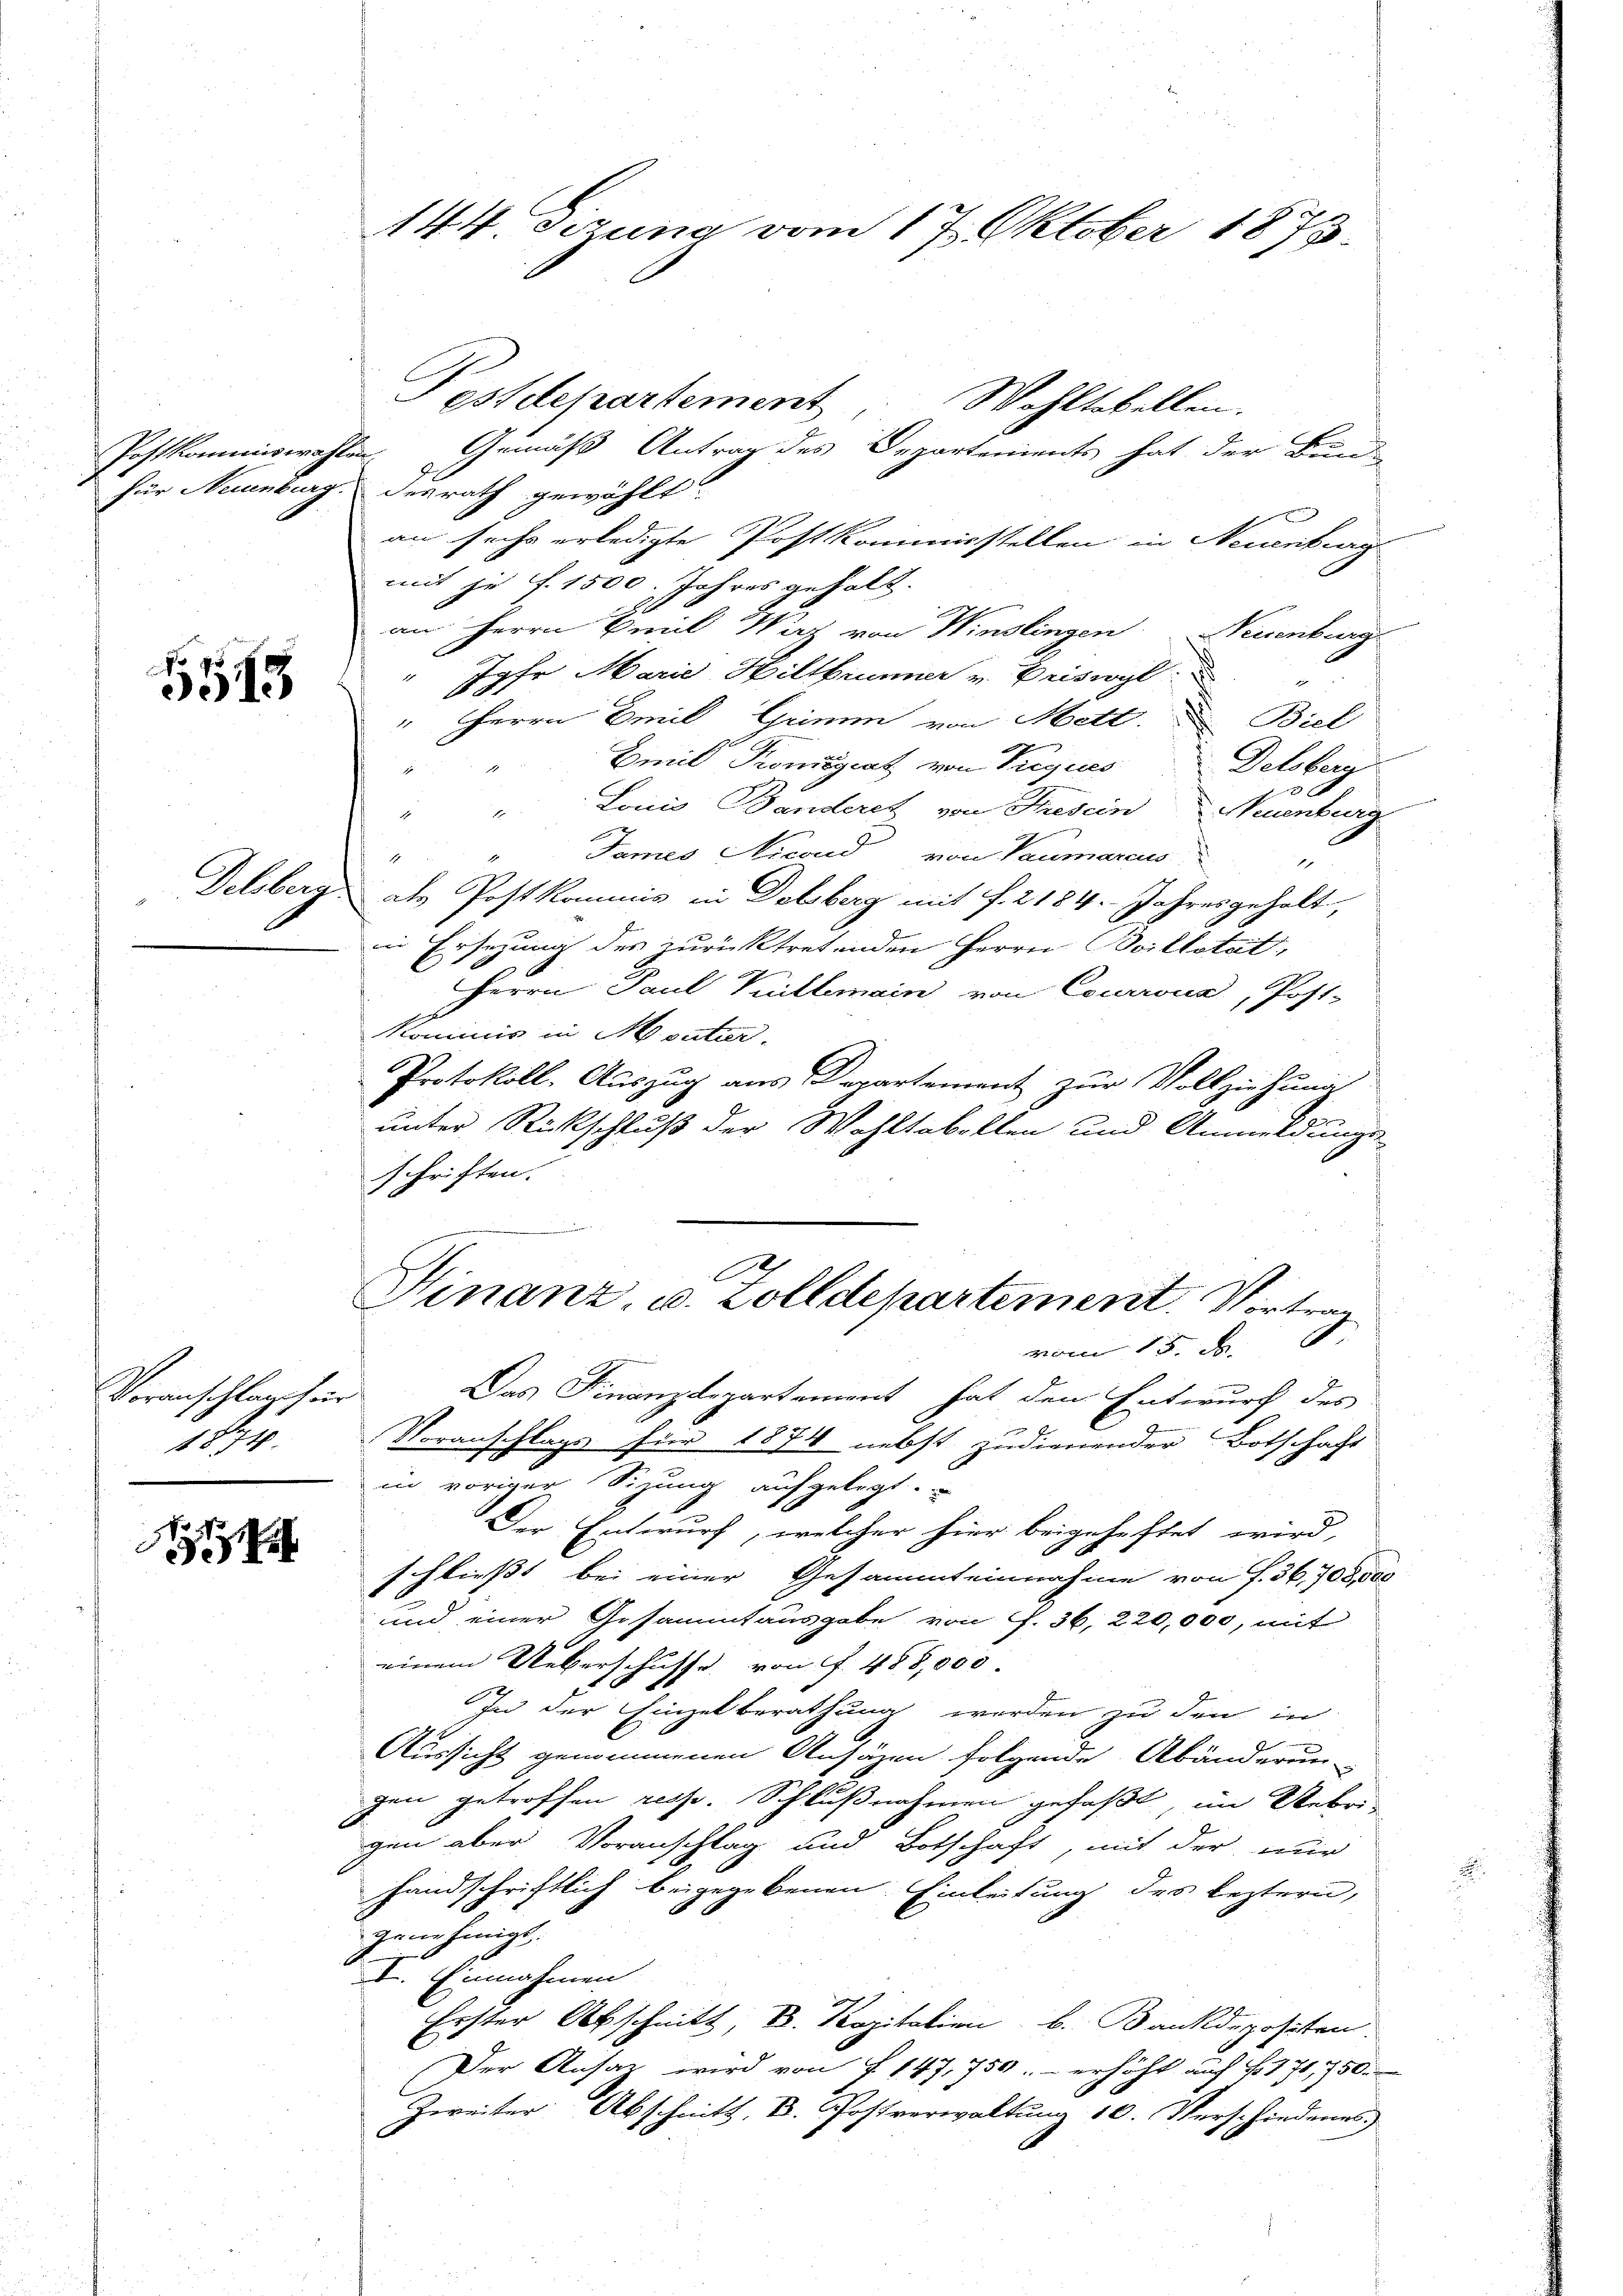
für Neuenburg.

5515

Voranschlag für
1834.

d

144. Sizung vom 17. Oktober 1873.

Postkommiswahlen. Gemäß Antrag des Departements hat der Bun-
desrath gewählt.
an sache erledigte Postkommisstellen in Neuenburg
mit je f. 1500. Jahres gehalt.
an Herrn Emil Wirz von Winslingen Neuenburg
J.
Jahr Marie Hilthimmer v. Priswyl  "
" Herrn Emil Grimm von Mett
Emil Tromégiat von Prigues Delsberg
Lonio Banderet von Fresein Neuenburg
James Nicond von Paumarau
1
Delsberg als Postkommis in Delsberg mit f. 2184. Jahresgehalt,
in Ersezung des zurücktretenden Herrn Boillotet,
Herrn Paul Villemain von Courrona, Post-
Kominis in Moutier,
Protokoll- Auszug aus Departement zur Vollziehung
unter Rückschluß der Wohltobellen und Anmeldungs-
schriften.

Postdepartement. Wohltobellen.

C
Finanz, u. Zolldepartement. Vortrag
vom 15. d.

Das Finanzdepartement hat den Entwurf des
Voranschlags für 1874 nebst zudienender Botschaft
in voriger Sitzung aufgelegt.
Der Entwurf, welcher hier beigeheftet wird,
schließt bei einer Gesammteinnahme von f. 36,708, das
und einer Gesammtausgabe von f. 36, 220,000, mit
einem Ueberschusse, von f. 485,000
In der Einzelberathung werden zu den in
x
Aussicht genommenen Ansäzen folgende Abänderun-
gen getroffen resse. Schlußnahmen gefaßt, im Stebri-
gen aber Voranschlag und Botschaft, mit der nur
handschriftlich beigegebenen Einleitung des leztern,
genehmigt.
I. Einnahmen
Erster Abschnitt, u. Kapitalien, b. Bankdepositen.
Der Ansaz wird von § 147, 750.- erhöht auf 11 71, 750.
Zweiter Abschnitt, D. Postverwaltung 10. Verschiedenes.

Biel
108.
1